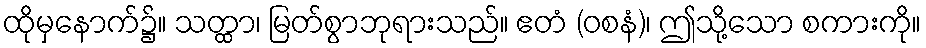
ထိုမှနောက်၌။ သတ္ထာ၊ မြတ်စွာဘုရားသည်။ ဧတံ (ဝစနံ)၊ ဤသို့သော စကားကို။